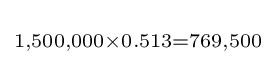
\scriptstyle 1,500,000\times 0.513=769,500